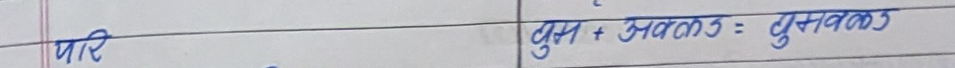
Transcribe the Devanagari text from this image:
कुल + अवकलड = पुस्तकलड